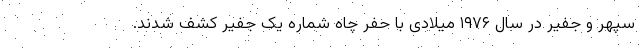
سپهر و جفیر در سال ۱۹۷۶ میلادی با حفر چاه شماره یک جفیر کشف شدند.